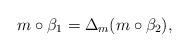
LaTeX: \begin{gather*}m\circ\beta_1=\Delta_m(m\circ\beta_2),\end{gather*}